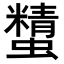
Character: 𧓔